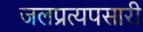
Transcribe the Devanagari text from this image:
जलप्रत्यपसारी